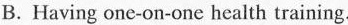
B. Having one-on one bealth training.